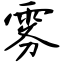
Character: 雾